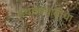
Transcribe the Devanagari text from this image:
अर्थतंत्रवाढीचा